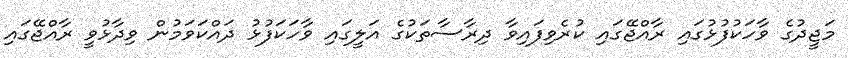
މަޖީދުގެ ވާހަކުފުޅުގައި ރާއްޖޭގައި ކުރެވިފައިވާ ދިރާސާތަކުގެ އަލީގައި ވާހަކަފުޅު ދައްކަވަމުން ވިދާޅުވީ ރާއްޖޭގައި